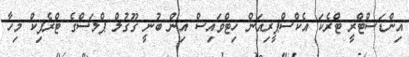
އިންޑަސްޓްރީ ޓްރެކަ އެކްސްޕީރިއަން ހިޓްވައިސް އިން ބުނީ ގޫގުލް ޕްލަސްގެ ޓްރެފިކް މިހާ